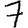
Digit: 7